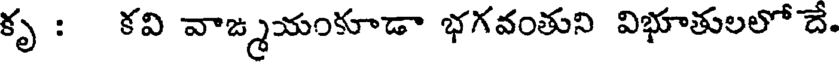
కృ : కవి వాఙ్మయంకూడా భగవంతుని విభూతులలో దే.